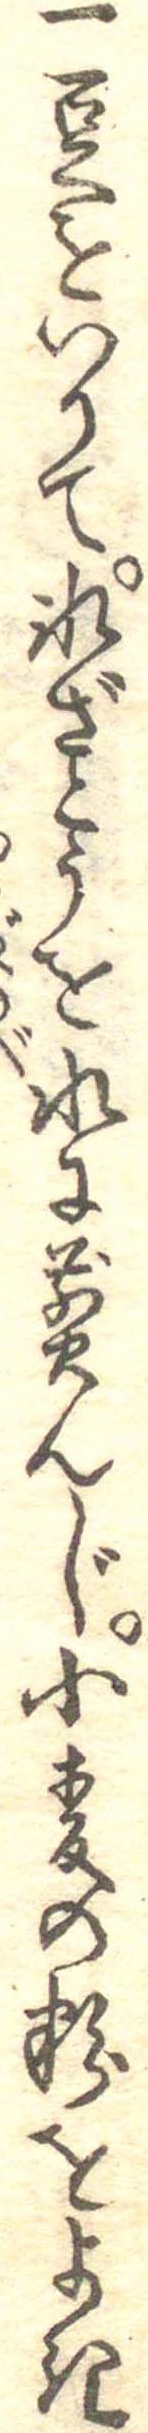
一豆をいりて氷ざとうを水に煎んじ小麦の粉をよき